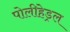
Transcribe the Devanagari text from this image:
पोलीहेड्रल